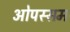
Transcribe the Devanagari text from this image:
ओपस्सम